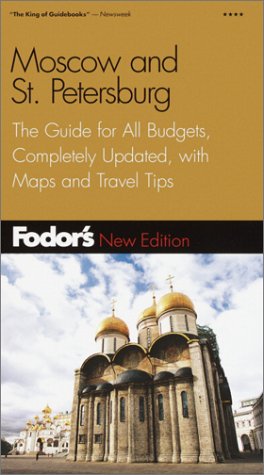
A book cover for Fodor's Moscow and St. Petersburg, 5th Edition: The Guide for All Budgets, Completely Updated, with Many Maps and Travel Tips (Fodor's Gold Guides); Fodor's; Travel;